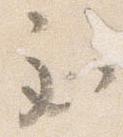
至